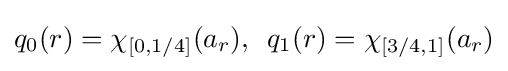
q_{0}(r)=\chi _{[0,1/4]}(a_{r}),\,\,\,q_{1}(r)=\chi _{[3/4,1]}(a_{r})